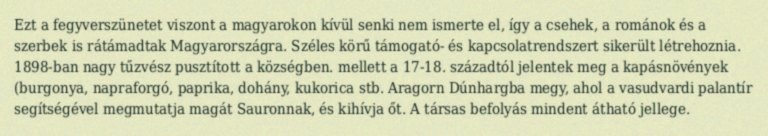
Ezt a fegyverszünetet viszont a magyarokon kívül senki nem ismerte el, így a csehek, a románok és a szerbek is rátámadtak Magyarországra. Széles körű támogató- és kapcsolatrendszert sikerült létrehoznia. 1898-ban nagy tűzvész pusztított a községben. mellett a 17-18. századtól jelentek meg a kapásnövények (burgonya, napraforgó, paprika, dohány, kukorica stb. Aragorn Dúnhargba megy, ahol a vasudvardi palantír segítségével megmutatja magát Sauronnak, és kihívja őt. A társas befolyás mindent átható jellege.